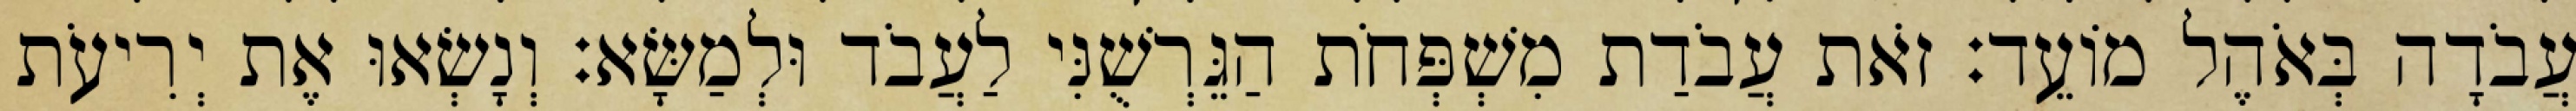
עֲבֹדָה בְּאֹהֶל מוֹעֵד׃ זֹאת עֲבֹדַת מִשְׁפְּחֹת הַגֵּרְשֻׁנִּי לַעֲבֹד וּלְמַשָּׂא׃ וְנָשְׂאוּ אֶת יְרִיעֹת